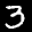
Label: 3